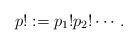
LaTeX: \begin{gather*}p!:=p_1!p_2!\cdots.\end{gather*}